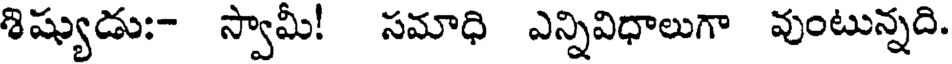
శిష్యుడు:- స్వామీ! సమాధి ఎన్నివిధాలుగా వుంటున్నది.